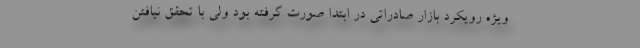
ويژه رويكرد بازار صادراتي در ابتدا صورت گرفته بود ولي با تحقق نيافتن